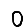
Digit: 0